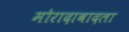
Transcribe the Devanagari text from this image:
मोरादाबादला